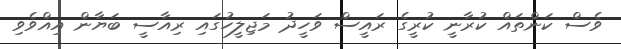
ވެސް ކަންތައް ކުރާނީ ކުރީގެ ރައީސް ވަހީދު މަޖިލީހުގައި ރިއާސީ ބަޔާން އިއްވެވި